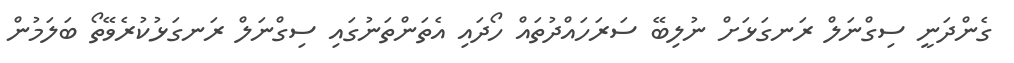
ގެންދަނީ ސިގްނަލް ރަނގަޅަށް ނުލިބޭ ސަރަހައްދުތައް ހޯދައި އެތަންތަނުގައި ސިގްނަލް ރަނގަޅުކުރެވޭތޯ ބަލަމުން